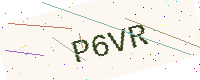
Text: P6VR